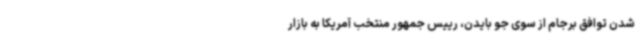
شدن توافق برجام از سوی جو بایدن، رییس جمهور منتخب آمریکا به بازار